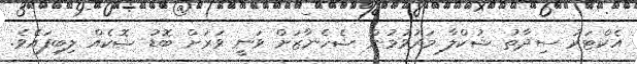
އެކްޓަރު ސިދާތު ޝުކްލާ މަރުވުމުން ޝެހެނާޒަށް ވަނީ ވަރަށް ބޮޑު ޝޮކެއް ލިބިފައެވެ.